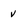
Character: V